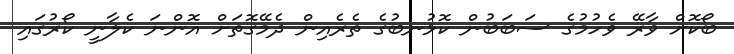
ބޯކޮށް ވާރޭ ވެހުމުގެ ސަބަބުން ކޮޅުނބުގެ ތެރެއިން ދެމޭގޮތަށް އޮންނަ ކެލާނީ ކޯރުގައި